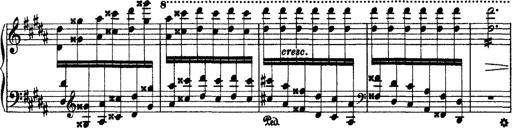
Title: Grandes Ã©tudes de Paganini
Composer: Franz Liszt